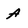
Character: A